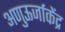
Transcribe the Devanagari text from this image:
अणुऊर्जाकेंद्र